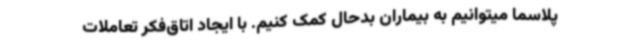
پلاسما میتوانیم به بیماران بدحال کمک کنیم. با ایجاد اتاق‌فکر تعاملات